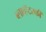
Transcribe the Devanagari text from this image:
ब्लाव्हॅटस्की